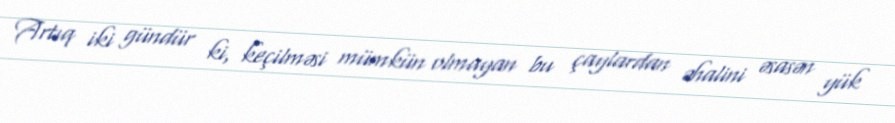
Artıq iki gündür ki, keçilməsi mümkün olmayan bu çaylardan əhalini əsasən yük